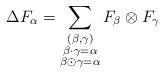
LaTeX: \begin{align*}\Delta F_\alpha = \sum_{\substack{(\beta,\gamma) \\\beta\cdot \gamma = \alpha \\\beta\odot \gamma=\alpha}} F_\beta\otimes F_\gamma\end{align*}